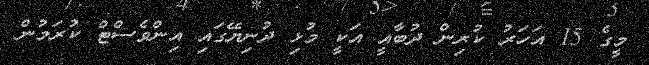
މީގެ 15 އަހަރު ކުރިން ދުބާއީ އަކީ މުޅި ދުނިޔޭގައި އިންވެސްޓް ކުރަމުން